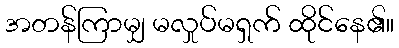
အတန်ကြာမျှ မလှုပ်မရှက် ထိုင်နေ၏။